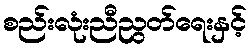
စည်းလုံးညီညွတ်ရေးနှင့်